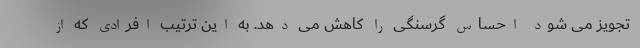
تجویز می شود احساس گرسنگی را کاهش می دهد. به این ترتیب افرادی که از